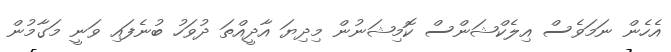
އެހެން ނަމަވެސް އިލެކްޝަންސް ކޮމިޝަނުން މިދިޔަ އާދީއްތަ ދުވަހު ބުނެފައި ވަނީ މަގާމުން